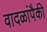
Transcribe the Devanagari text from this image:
वादळांपैकी